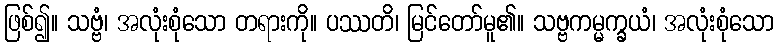
ဖြစ်၍။ သဗ္ဗံ၊ အလုံးစုံသော တရားကို။ ပဿတိ၊ မြင်တော်မူ၏။ သဗ္ဗကမ္မက္ခယံ၊ အလုံးစုံသော